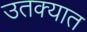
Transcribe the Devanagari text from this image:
उतक्यात